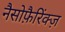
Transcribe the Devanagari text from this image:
नैसोफ़ैरिंक्ज़